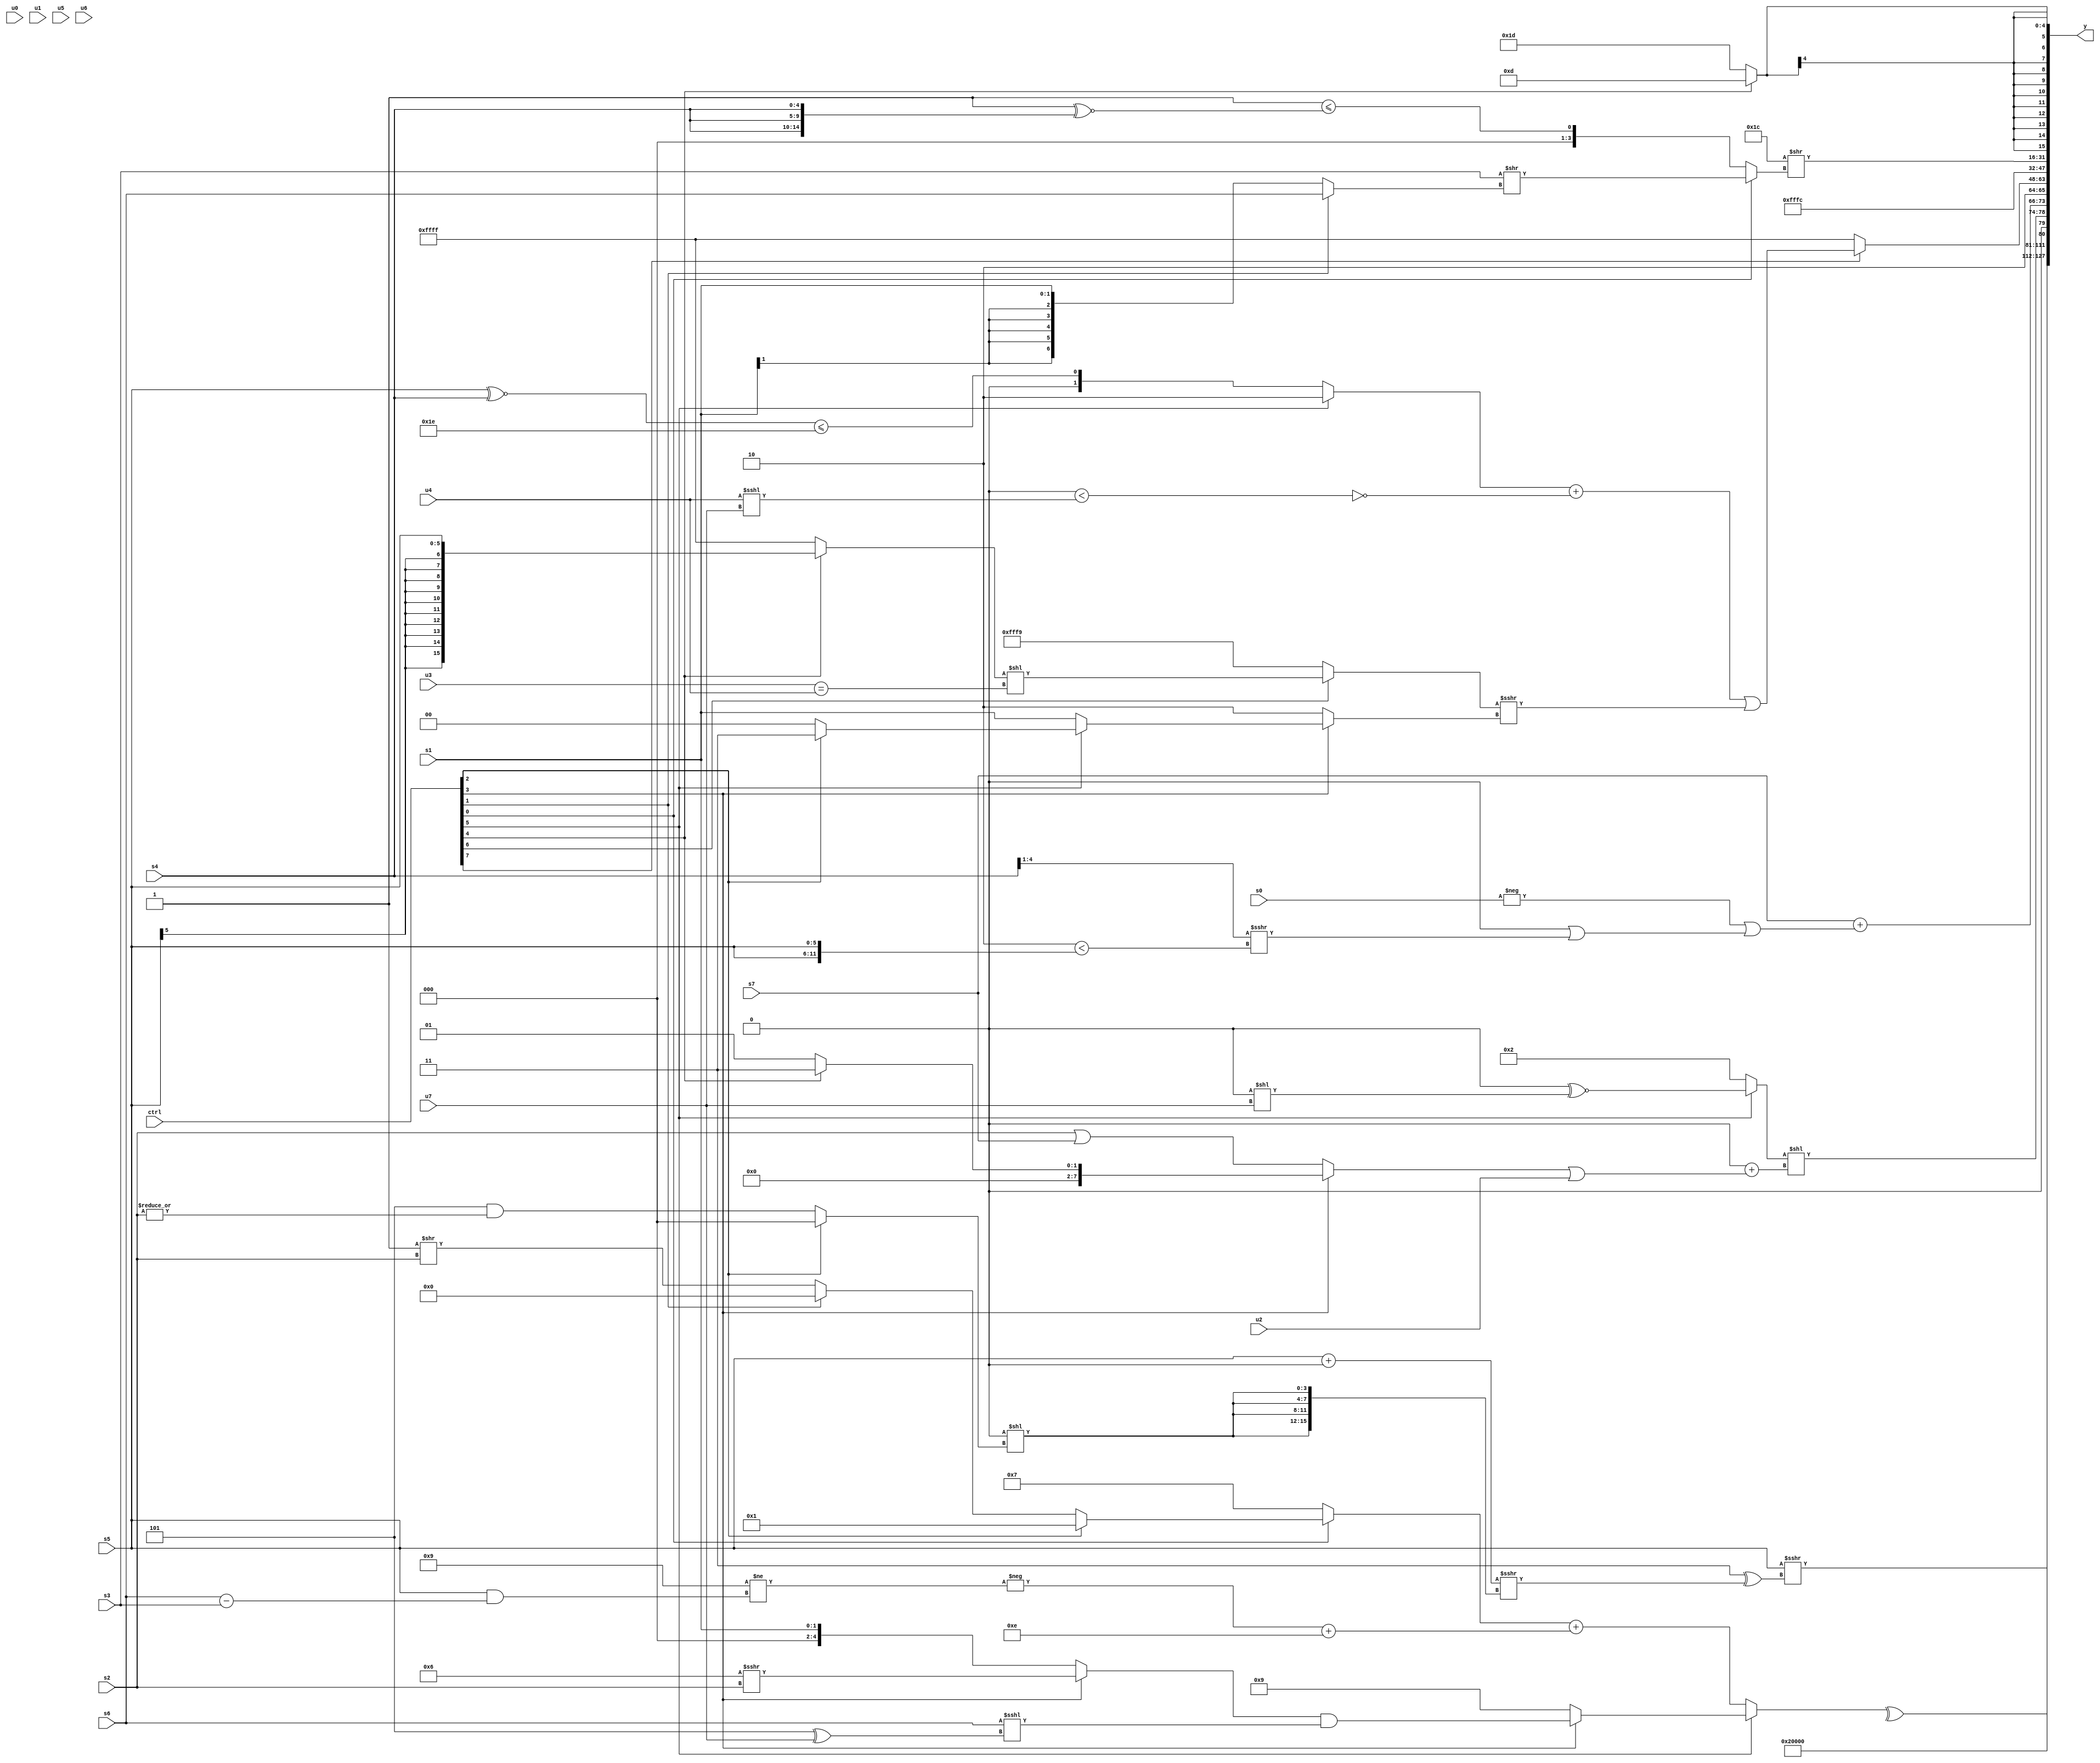
module wideexpr_00870(ctrl, u0, u1, u2, u3, u4, u5, u6, u7, s0, s1, s2, s3, s4, s5, s6, s7, y);
  input [7:0] ctrl;
  input [0:0] u0;
  input [1:0] u1;
  input [2:0] u2;
  input [3:0] u3;
  input [4:0] u4;
  input [5:0] u5;
  input [6:0] u6;
  input [7:0] u7;
  input signed [0:0] s0;
  input signed [1:0] s1;
  input signed [2:0] s2;
  input signed [3:0] s3;
  input signed [4:0] s4;
  input signed [5:0] s5;
  input signed [6:0] s6;
  input signed [7:0] s7;
  output [127:0] y;
  wire [15:0] y0;
  wire [15:0] y1;
  wire [15:0] y2;
  wire [15:0] y3;
  wire [15:0] y4;
  wire [15:0] y5;
  wire [15:0] y6;
  wire [15:0] y7;
  assign y = {y0,y1,y2,y3,y4,y5,y6,y7};
  assign y0 = (s5)>>>(($signed({1{2'sb11}}))^((($signed(s5))+({2{(+((4'sb0100)>>>(s3)))<<<(4'b0111)}}))>>>({4{(((ctrl[0]?$signed(4'sb1110):(2'b00)^~(3'sb001)))<<<(((1'b0)>>>(2'sb10))-($unsigned(5'sb11100))))<<((ctrl[2]?(1'sb0)-(1'sb0):($unsigned(3'sb101))&(|(s2))))}})));
  assign y1 = 4'b0100;
  assign y2 = ^((ctrl[5]?(ctrl[3]?((ctrl[3]?$signed($signed((5'sb00110)>>>(s2))):s1))&((+($signed($signed(s6))))<<<((3'b101)^({1{u7}}))):5'sb01001):((ctrl[0]?(ctrl[2]?1'sb1:(ctrl[1]?(6'sb110000)>>($signed(6'sb110101)):(ctrl[1]?(1'sb1)>>>(u3):(1'sb1)>>(s2)))):3'sb111))+((-(($signed(5'sb11001))!=((+(s5))&((s6)-(s3)))))+(5'sb01110))));
  assign y3 = {((ctrl[5]?(5'sb00000)^~($signed((-($signed($signed(1'sb0))))<<(u7))):3'sb010))<<({1{$signed((1'sb0)+(({1{(ctrl[3]?(ctrl[4]?4'sb0011:3'sb001):(s2)|(s7))}})|(u2)))}}),(s7)+({1{$signed((-((+(^(s0)))|(2'sb00)))|((((6'sb011100)<<<(s2))>>>(4'sb1111))|((($signed(s4))>>(2'sb01))>>>(({5'sb00010})<({2{s5}})))))}}),2'b10};
  assign y4 = (ctrl[7]?($signed(+($unsigned(((ctrl[5]?(2'b01)^~({1{3'sb100}}):((s5)^~(s4))<=(6'sb011110)))+(!(((s7)>>(5'sb10110))<((u4)<<<(u7))))))))|(((ctrl[6]?((ctrl[4]?+(s5):$signed(3'sb111)))<<(({u3})==(u4)):4'sb1001))>>>(+((ctrl[3]?(ctrl[5]?(ctrl[2]?5'sb00011:-((6'sb110110)==(4'sb0001))):s1):5'sb00010)))):1'sb1);
  assign y5 = 3'sb100;
  assign y6 = ({5'sb11100})>>((ctrl[0]?(s3)>>($signed((ctrl[1]?s6:s1))):({(1'b1)!=(6'sb001001)})<=((~&(5'sb01010))^~({3{s4}}))));
  assign y7 = $signed((ctrl[4]?(4'sb1010)>>(4'b0001):5'sb11101));
endmodule